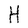
Character: H